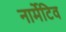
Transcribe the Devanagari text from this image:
नार्मेटिव